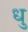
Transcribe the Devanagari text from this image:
धु